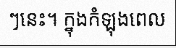
ៗនេះ។ ក្នុងកំឡុងពេល